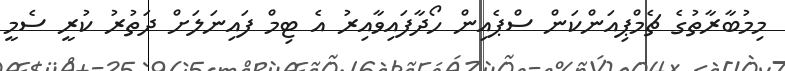
މިމުބާރާތުގެ ޗެމްޕިއަންކަން ސްޕެއިން ހޯދާފައިވާއިރު އެ ޓިމް ފައިނަލަށް ދަތުރު ކުރީ ސެމީ